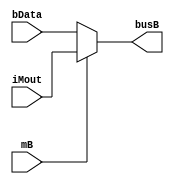
`timescale 1ns / 1ps
//////////////////////////////////////////////////////////////////////////////////
// Company: 
// Engineer: 
// 
// Design Name: 
// Module Name: muxA
// Project Name: 
// Target Devices: 
// Tool Versions: 
// Description: 
// 
// Dependencies: 
// 
// Revision:
// Revision 0.01 - File Created
// Additional Comments:
// 
//////////////////////////////////////////////////////////////////////////////////


module muxB(
    input    [31:0] iMout,
    input    [31:0] bData,
    input              mB,
    output   [31:0]  busB
    );

assign busB = mB ? iMout : bData;

endmodule